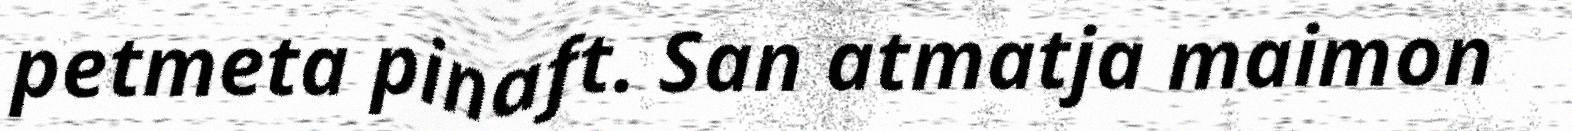
petmeta pinaft. San atmatja maimon